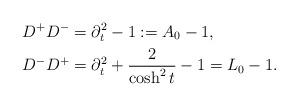
LaTeX: \begin{align*}D^+ D^- &=\partial_t^2-1 :=A_0-1,\\D^- D^+ &=\partial_t^2+\frac{2}{\cosh^2{t}}-1=L_0-1.\end{align*}